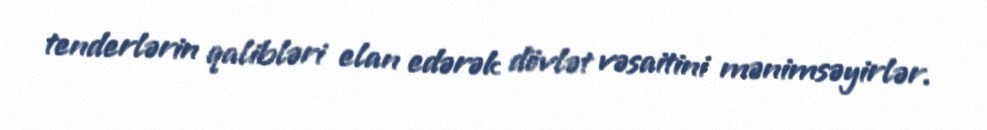
tenderlərin qalibləri elan edərək dövlət vəsaitini mənimsəyirlər.